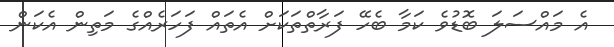
އެ މައްސަލަ ބޮޑުވެ ކަމާ ބެހޭ ފަރާތްތަކަށް އެތައް ފަހަރެއްގެ މަތިން އެކަން